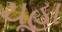
ચૂહા